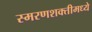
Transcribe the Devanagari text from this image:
स्मरणशक्तीमध्ये